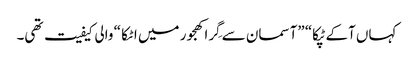
کہاں آکے ٹپکا“ ”آسمان سے گِرا کھجور میں اٹکا “ والی کیفیت تھی۔